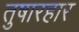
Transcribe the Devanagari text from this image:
तुषारहार